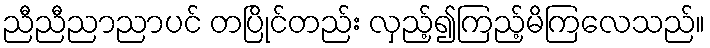
ညီညီညာညာပင် တပြိုင်တည်း လှည့်၍ကြည့်မိကြလေသည်။